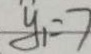
y _ { 1 } = 7